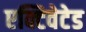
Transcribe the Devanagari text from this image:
एक्टिवेटेड